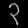
Digit: ၃